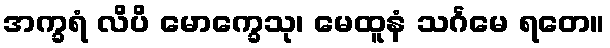
အက္ခရံ လိပိ မောက္ခေသု၊ မေထူနံ သင်္ဂမေ ရတေ။